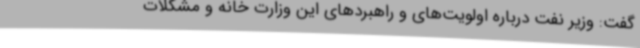
گفت: وزیر نفت درباره اولویت‌های و راهبردهای این وزارت خانه و مشکلات